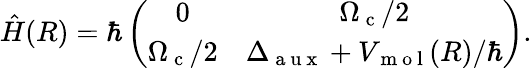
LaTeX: \hat{H}(R)=\hbar\left(\begin{array}{cc}{0}&{\Omega_{\mathrm{~c~}}/2}\\ {\Omega_{\mathrm{~c~}}/2}&{\Delta_{\mathrm{~a~u~x~}}+V_{\mathrm{~m~o~l~}}(R)/\hbar}\end{array}\right).